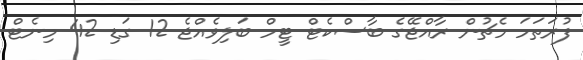
ފުރަތަމަ މެޗުން ރާއްޖޭގެ ބާސްކެޓް ޓީމް ބަލިވެއްޖެ 12 ގަޑި 42 މިނެޓް